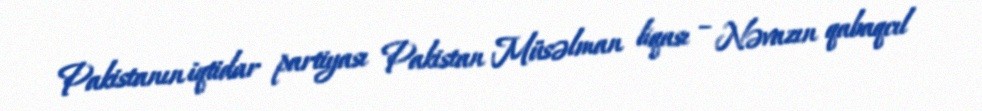
Pakistanın iqtidar partiyası Pakistan Müsəlman liqası – Nəvazın qabaqcıl